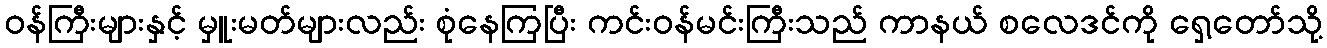
ဝန်ကြီးများနှင့် မှူးမတ်များလည်း စုံနေကြပြီး ကင်းဝန်မင်းကြီးသည် ကာနယ် စလေဒင်ကို ရှေ့တော်သို့